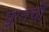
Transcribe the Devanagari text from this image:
प्लानची